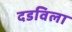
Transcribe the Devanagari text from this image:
दडविला